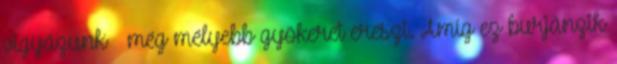
vigyázunk – még mélyebb gyökeret ereszt. Amíg ez burjánzik